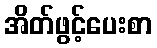
အိတ်ဖွင့်ပေးစာ